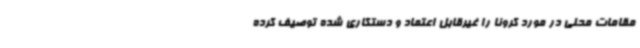
مقامات محلی در مورد کرونا را غیرقابل اعتماد و دستکاری شده توصیف کرده